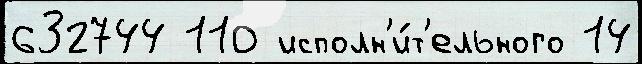
632744 110 исполн'и́т'ельного 14